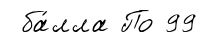
ба́лла По 99